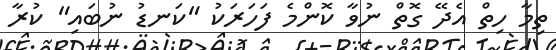
ތިމާ ހިތް އެދޭ ގޮތް ނުވާ ކޮންމެ ފަހަރަކު "ކަނޑު ނުބައި" ކުރާ